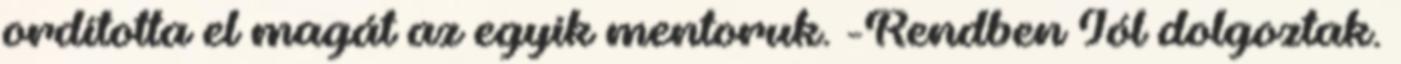
ordította el magát az egyik mentoruk. -Rendben Jól dolgoztak.